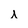
Character: i